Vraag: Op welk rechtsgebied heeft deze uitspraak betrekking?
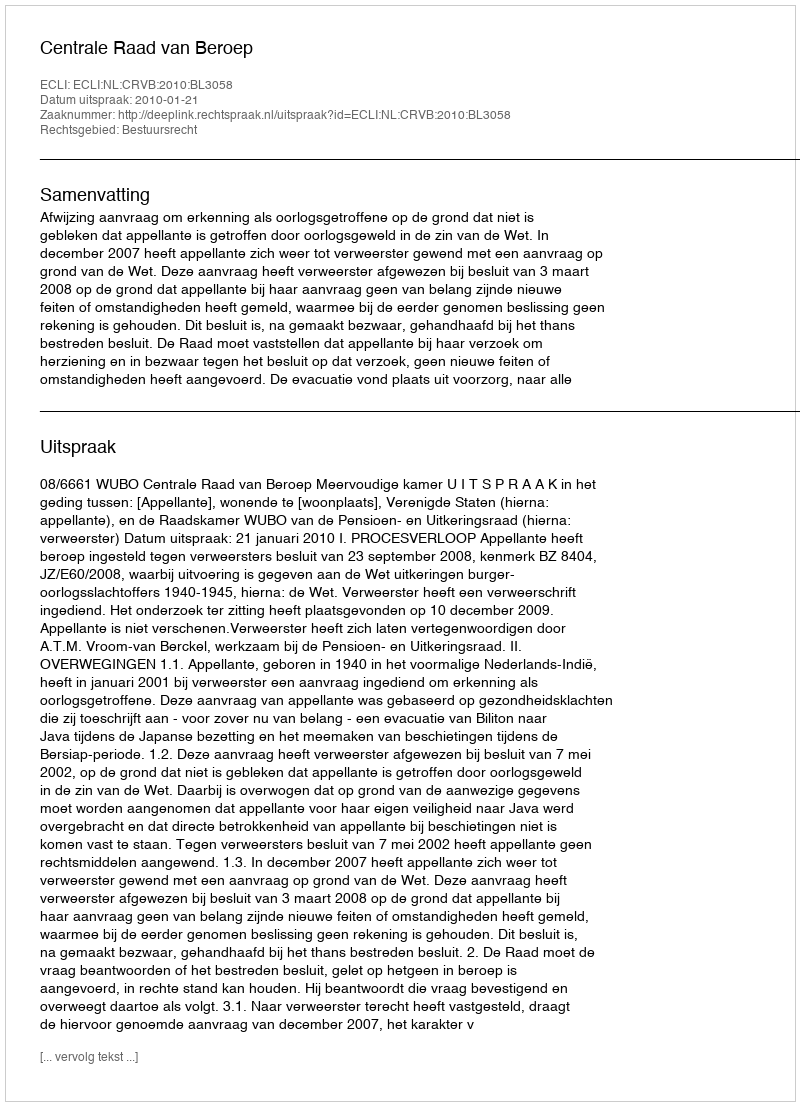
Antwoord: Bestuursrecht